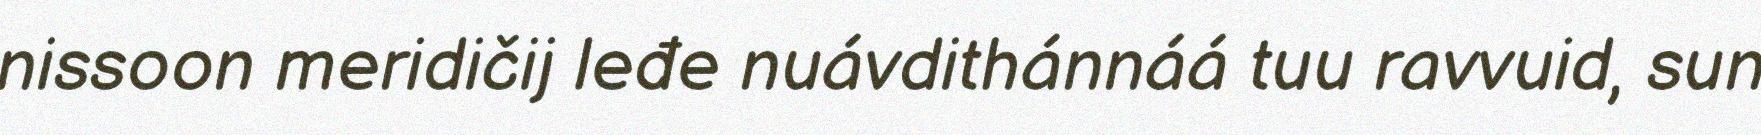
nissoon meridičij leđe nuávdithánnáá tuu ravvuid, sun